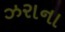
ઝરાના